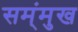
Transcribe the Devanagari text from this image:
सम्ंमुख